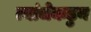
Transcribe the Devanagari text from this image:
त्यांचेकडुन